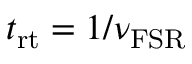
t _ { \mathrm { r t } } = 1 / \nu _ { \mathrm { F S R } }